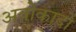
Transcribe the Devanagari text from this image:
अवोकादो